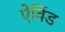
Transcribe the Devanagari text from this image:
ऐविंड